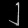
Digit: ၂